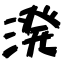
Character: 溌